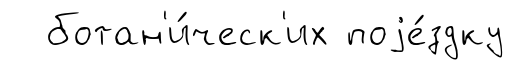
ботан'и́ческ'их поjе́здку